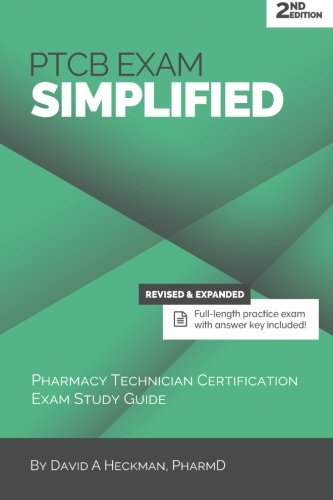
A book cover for PTCB Exam Simplified, 2nd Edition: Pharmacy Technician Certification Exam Study Guide; David A Heckman PharmD; Education & Teaching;